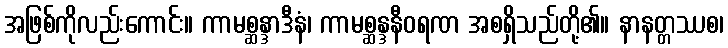
အဖြစ်ကိုလည်းကောင်း။ ကာမစ္ဆန္ဒာဒီနံ၊ ကာမစ္ဆန္ဒနီဝရဏ အစရှိသည်တို့၏။ နာနတ္တဿစ၊